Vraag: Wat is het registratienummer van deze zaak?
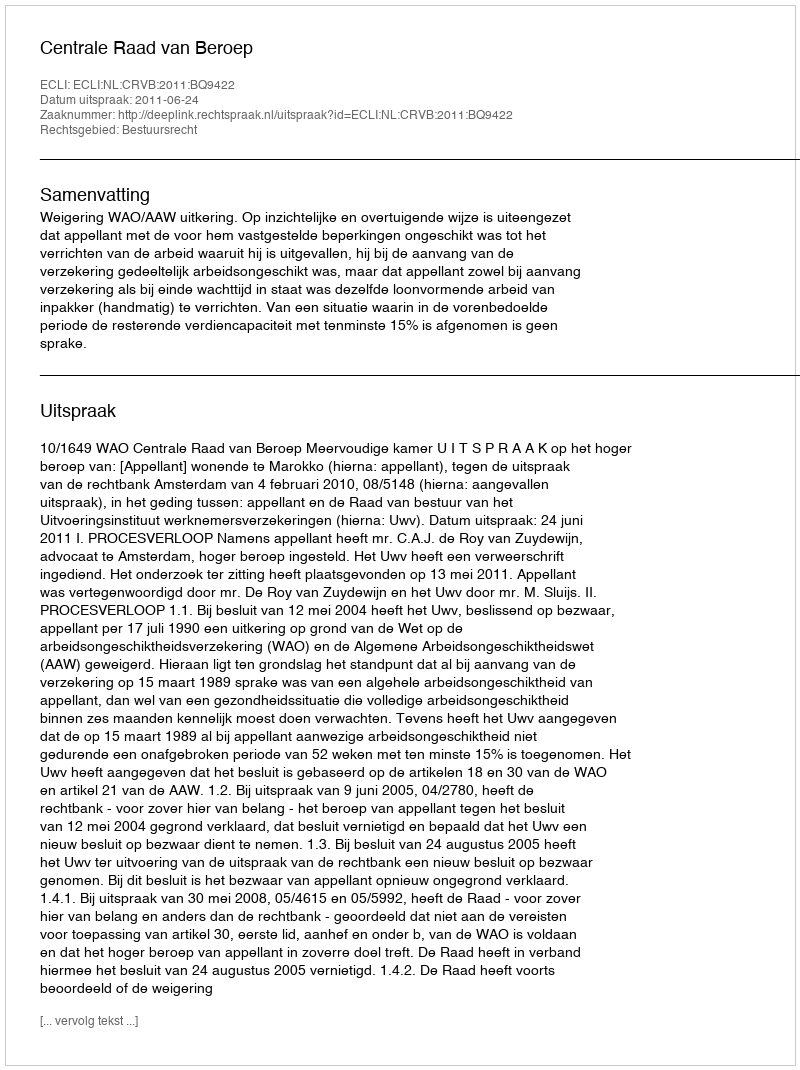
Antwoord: http://deeplink.rechtspraak.nl/uitspraak?id=ECLI:NL:CRVB:2011:BQ9422